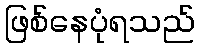
ဖြစ်နေပုံရသည်